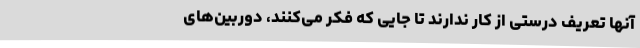
آنها تعریف درستی از کار ندارند تا جایی که فکر می‌کنند، دوربین‌های